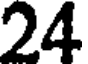
24